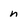
Character: n